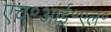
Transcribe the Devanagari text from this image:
एच॰आई॰एल॰